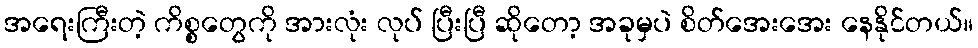
အရေးကြီးတဲ့ ကိစ္စတွေကို အားလုံး လုပ် ပြီးပြီ ဆိုတော့ အခုမှပဲ စိတ်အေးအေး နေနိုင်တယ်။